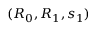
( R _ { 0 } , R _ { 1 } , s _ { 1 } )